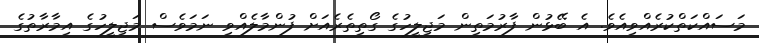
މަސައްކަތްކުރެއްވިއެވެ. އެ ބޭޅުން ފާރުމަތިން މަޖިލީހުގެ ގޯތިތެރެއަށް ފުންމާލެއްވި ނަމަވެސް މަޖިލީހުގެ އިމާރާތުގެ